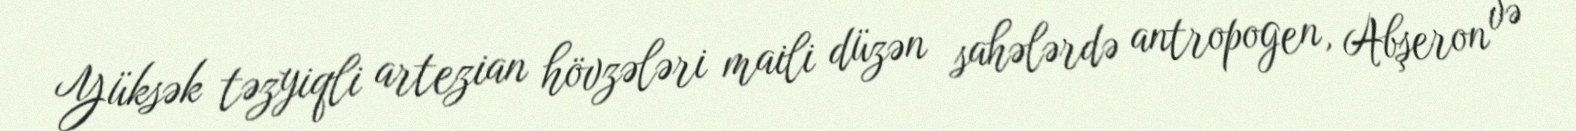
Yüksək təzyiqli artezian hövzələri maili düzən sahələrdə antropogen, Abşeron və